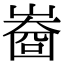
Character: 𡻲